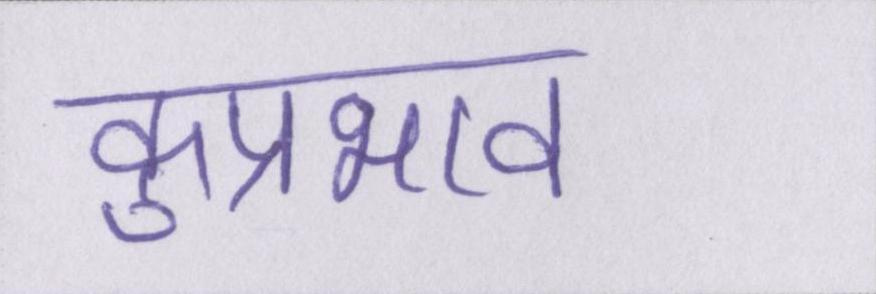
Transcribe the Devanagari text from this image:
कुप्रभाव